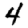
Digit: 4